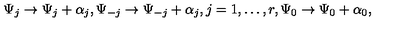
\Psi _ { j } \rightarrow \Psi _ { j } + \alpha _ { j } , \Psi _ { - j } \rightarrow \Psi _ { - j } + \alpha _ { j } , j = 1 , \ldots , r , \Psi _ { 0 } \rightarrow \Psi _ { 0 } + \alpha _ { 0 } ,